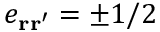
e _ { \mathbf { r } \mathbf { r } ^ { \prime } } = \pm 1 / 2